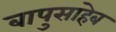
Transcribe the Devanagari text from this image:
बापुसाहेब